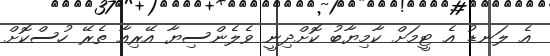
އެ ލަނޑު އެ ޓީމަށް ކާމިޔާބު ކޮށްދިނީ ވެލެންސިޔާ އޭރިއާ ތެރޭ ހުސްކޮށް